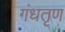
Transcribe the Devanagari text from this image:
गंधतृण